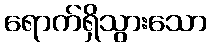
ရောက်ရှိသွားသော